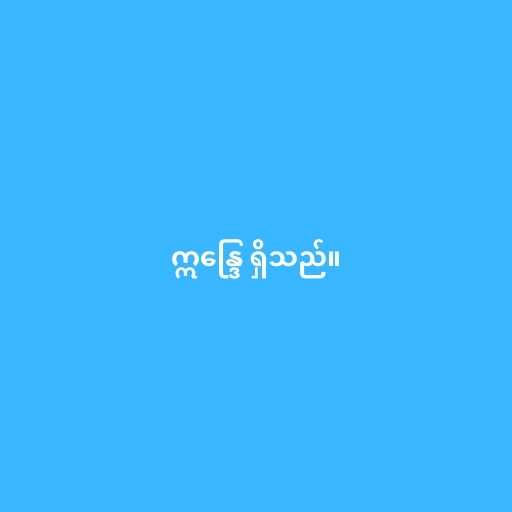
ဣန္ဒြေ ရှိသည်။